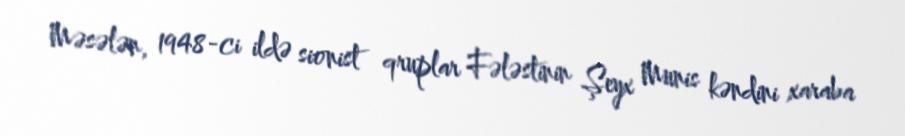
Məsələn, 1948-ci ildə sionist qruplar Fələstinin Şeyx Munis kəndini xaraba